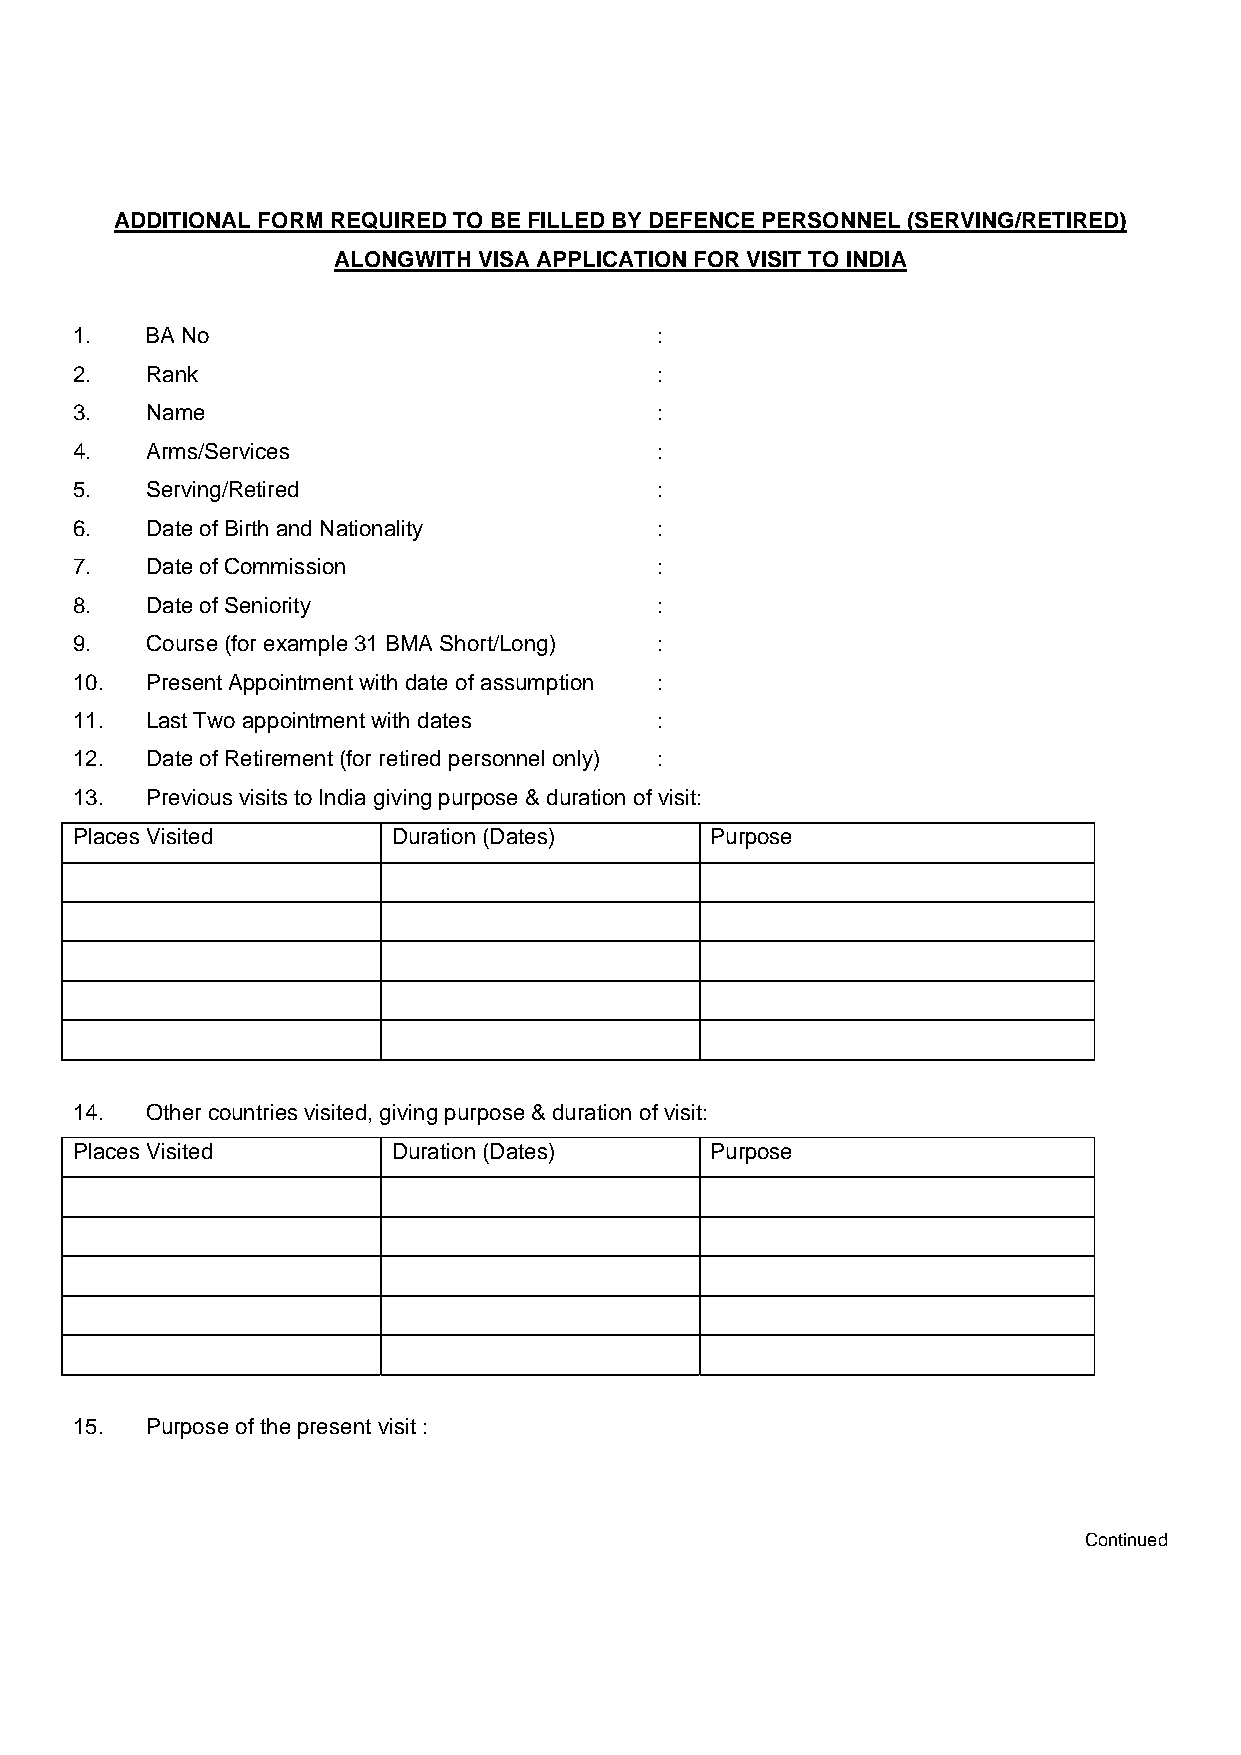
ADDITIONAL FORM REQUIRED TO BE FILLED BY DEFENCE PERSONNEL (SERVING/RETIRED)
 ALONGWITH VISA APPLICATION FOR VISIT TO INDIA
 1.   BA No                            :
 2.   Rank                             :
 3.   Name                             :
 4.   Arms/Services                    :
 5.   Serving/Retired                  :
 6.   Date of Birth and Nationality    :
 7.   Date of Commission               :
 8.   Date of Seniority                :
 9.   Course (for example 31 BMA Short/Long) :
 10.  Present Appointment with date of assumption :
 11.  Last Two appointment with dates  :
 12.  Date of Retirement (for retired personnel only) :
 13.  Previous visits to India giving purpose & duration of visit:
 Places Visited       Duration (Dates)     Purpose
 14.  Other countries visited, giving purpose & duration of visit:
 Places Visited       Duration (Dates)     Purpose
 15.  Purpose of the present visit :
 Continued